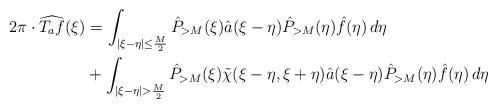
LaTeX: \begin{align*} 2\pi \cdot \widehat{T_a f}(\xi) &= \int_{|\xi-\eta|\leq \frac{M}{2}}\hat{P}_{>M}(\xi)\hat{a}(\xi-\eta)\hat{P}_{>M}(\eta)\hat{f}(\eta)\,d\eta \\ &+ \int_{|\xi-\eta|>\frac{M}{2}}\hat{P}_{>M}(\xi)\tilde{\chi}(\xi-\eta,\xi+\eta)\hat{a}(\xi-\eta)\hat{P}_{>M}(\eta)\hat{f}(\eta)\,d\eta \end{align*}